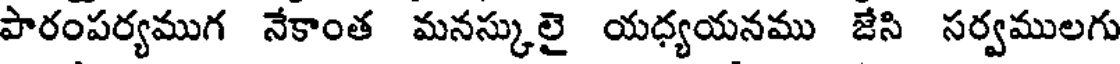
పారంపర్యముగ నేకాంత మనస్కులై యధ్యయనము జేసి సర్వములగు